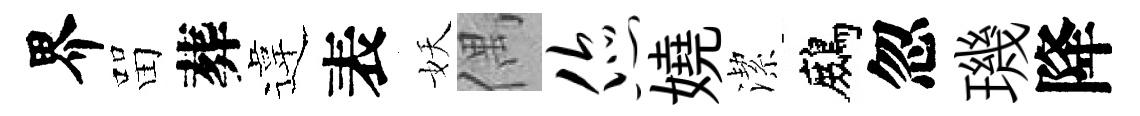
界㽞葬違表妖偶您嬈潔鷓忽璣降